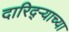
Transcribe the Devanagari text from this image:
दारिद्‌र्‍याच्या